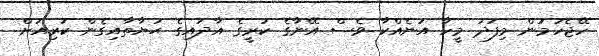
ހޭޖެހުމުން މިފަދަ މީހާ އަނެއްކާ ވެސް އޭނާގެ ކުރީގެ އާދައިގެ ޙަޔާތާއިގެން ކުރިއަށް